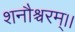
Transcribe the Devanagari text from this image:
शनौश्चरम्।।